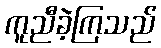
ကူညီခဲ့ကြသည်